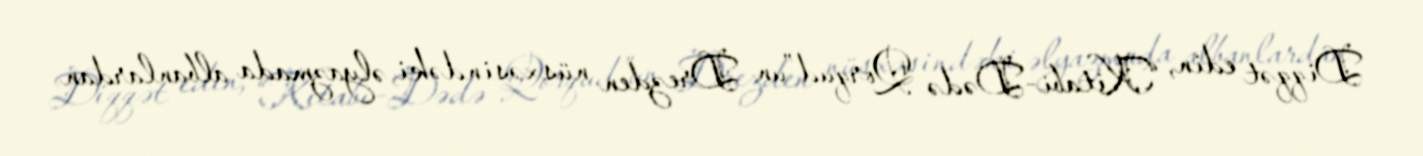
Diqqət edin, “Kitabi-Dədə Qorqud”un Drezden nüsxəsindəki əlyazmada albanlardan